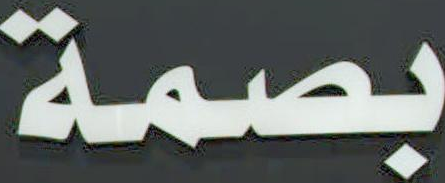
بصمة